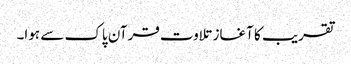
تقریب کا آغاز تلاوت قرآن پاک سے ہوا۔